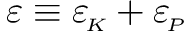
\varepsilon \equiv { \varepsilon _ { \! \scriptscriptstyle K } } + { \varepsilon _ { \! \scriptscriptstyle P } }